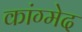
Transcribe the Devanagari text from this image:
कांग्मेद